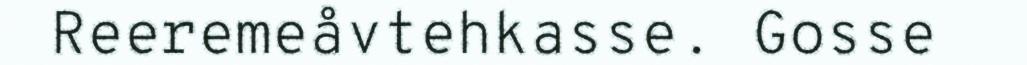
Reeremeåvtehkasse. Gosse